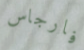
فارجاس